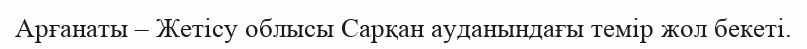
Арғанаты – Жетісу облысы Сарқан ауданындағы темір жол бекеті.